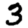
Digit: 3